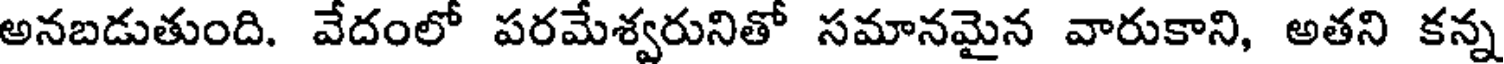
అనబడుతుంది. వేదంలో పరమేశ్వరునితో సమానమైన వారుకాని, అతని కన్న